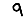
Digit: 9